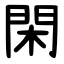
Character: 閑